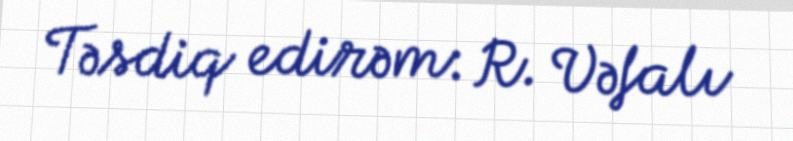
Təsdiq edirəm: R. Vəfalı